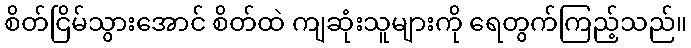
စိတ်ငြိမ်သွားအောင် စိတ်ထဲ ကျဆုံးသူများကို ရေတွက်ကြည့်သည်။